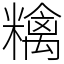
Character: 𥼝